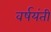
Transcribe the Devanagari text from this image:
वर्षयंती